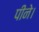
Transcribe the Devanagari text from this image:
पीने।